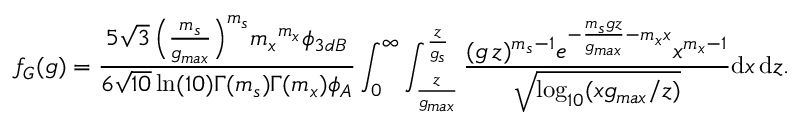
f _ { G } ( g ) = \frac { 5 \sqrt { 3 } \, \Big ( \frac { m _ { s } } { g _ { m a x } } \Big ) ^ { m _ { s } } { m _ { x } } ^ { m _ { x } } \phi _ { 3 d B } } { 6 \sqrt { 1 0 } \, \mathrm { { l n } } ( 1 0 ) \Gamma ( m _ { s } ) \Gamma ( m _ { x } ) \phi _ { A } } \int _ { 0 } ^ { \infty } \int _ { \frac { z } { g _ { m a x } } } ^ { \frac { z } { g _ { s } } } \frac { ( g \, z ) ^ { m _ { s } - 1 } e ^ { - \frac { m _ { s } g z } { g _ { m a x } } - m _ { x } x } x ^ { m _ { x } - 1 } } { \sqrt { { \mathrm { l o g } } _ { 1 0 } ( x g _ { m a x } / z ) } } \mathrm { d } x \, \mathrm { d } z .